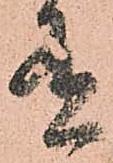
有